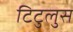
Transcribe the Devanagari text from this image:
टिटुलुस